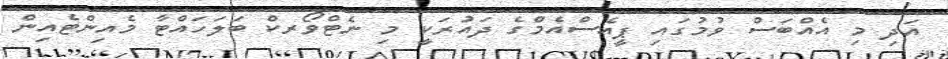
އަދި މި އެއްބަސް ވުމުގައި ޕީއެސްއެމްގެ ދައުރަކީ މި ނެޓްވޯރކް ބަލަހައްޓާ މެއިންޓެއިން